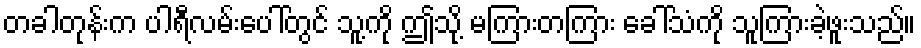
တခါတုန်းက ပါရီလမ်းပေါ်တွင် သူ့ကို ဤသို့ မကြားတကြား ခေါ်သံကို သူကြားခဲ့ဖူးသည်။